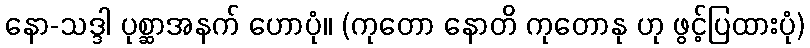
နော-သဒ္ဒါ ပုစ္ဆာအနက် ဟောပုံ။ (ကုတော နောတိ ကုတောနု ဟု ဖွင့်ပြထားပုံ)